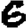
Digit: 6